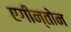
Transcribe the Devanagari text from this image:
एगीन्तोन